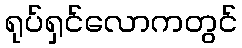
ရုပ်ရှင်လောကတွင်